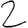
Digit: 2